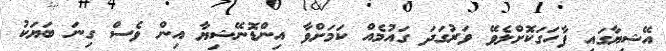
އޭޝިޔާގައި ފާހަގަކޮށްލެވޭ ވަރުގަދަ ގައުމެއް ކަމަށްވާ އިންޑޮނޭޝިޔާ އިން ވެސް ގިނަ ބަޔަކު